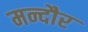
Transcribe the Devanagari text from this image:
मन्दौर